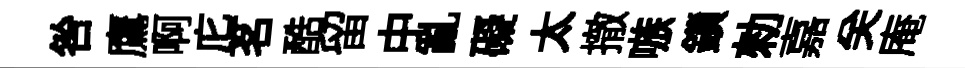
咎鷹啊庀茗酷留中亂礙太撤嗾鎻勑嘉关庵